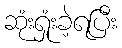
ဆုံးရှုံးခဲ့ရပြီး